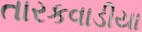
તારકવાડીયા